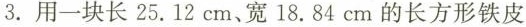
3. 用一块长25.12cm、宽 18.84cm的长方形铁皮